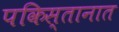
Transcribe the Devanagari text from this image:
पकिस्तानात